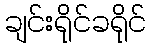
ချင်းရိုင်ခရိုင်